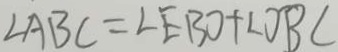
\angle A B C = \angle E B O + \angle O B C